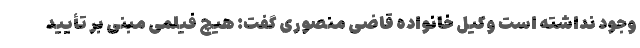
وجود نداشته است وکیل خانواده قاضی منصوری گفت: هیچ فیلمی مبنی بر تأیید